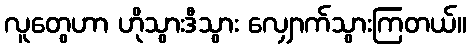
လူတွေဟာ ဟိုသွားဒီသွား လျှောက်သွားကြတယ်။